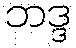
ဘဒ္ဒ